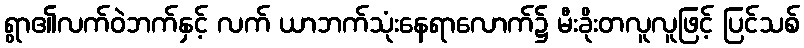
ရွာ၏လက်ဝဲဘက်နှင့် လက် ယာဘက်သုံးနေရာလောက်၌ မီးခိုးတလူလူဖြင့် ပြင်သစ်